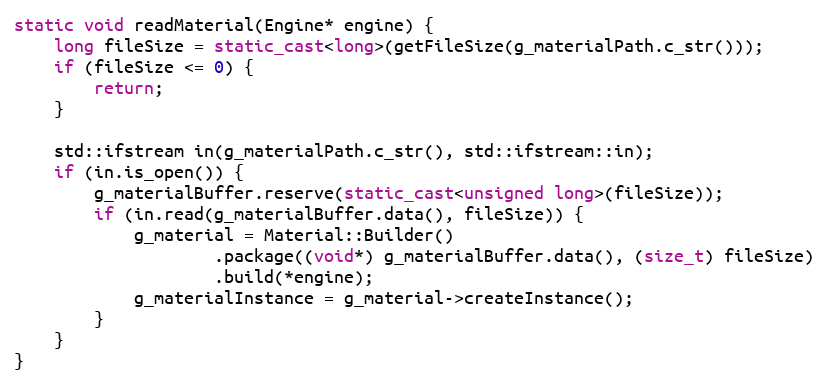
Language: C++
static void readMaterial(Engine* engine) {
    long fileSize = static_cast<long>(getFileSize(g_materialPath.c_str()));
    if (fileSize <= 0) {
        return;
    }

    std::ifstream in(g_materialPath.c_str(), std::ifstream::in);
    if (in.is_open()) {
        g_materialBuffer.reserve(static_cast<unsigned long>(fileSize));
        if (in.read(g_materialBuffer.data(), fileSize)) {
            g_material = Material::Builder()
                    .package((void*) g_materialBuffer.data(), (size_t) fileSize)
                    .build(*engine);
            g_materialInstance = g_material->createInstance();
        }
    }
}